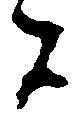
者